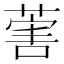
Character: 𦵯